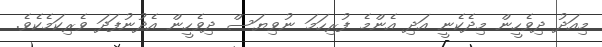
މިއަދު ދިވެހީން މިދެކެނީ އަދި އެންމެ ފުރިހަމަ ނުވިޔަސް ދިވެހީން އެދުނުފަދަ ވެރިކަމެކެވެ.